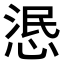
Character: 𢛣